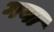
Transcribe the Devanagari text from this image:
गया